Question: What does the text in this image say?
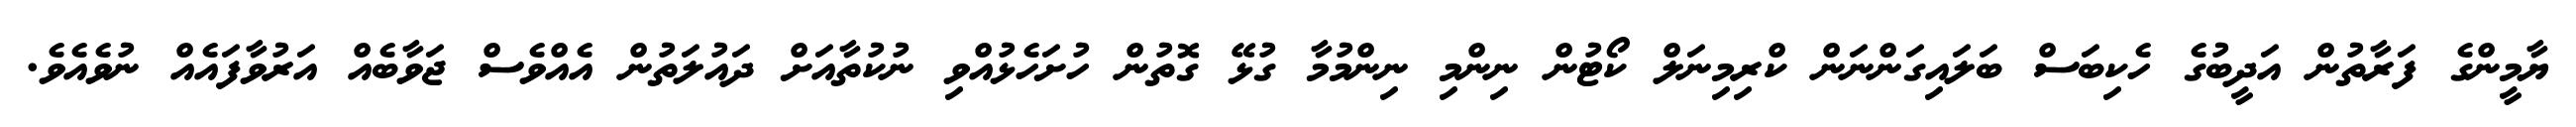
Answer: ޔާމީންގެ ފަރާތުން އަދީބުގެ ހެކިބަސް ބަލައިގަންނަން ކްރިމިނަލް ކޯޓުން ނިންމި ނިންމުމާ ގުޅޭ ގޮތުން ހުށަހެޅުއްވި ނުކުތާއަށް ދައުލަތުން އެއްވެސް ޖަވާބެއް އަރުވާފައެއް ނުވެއެވެ.